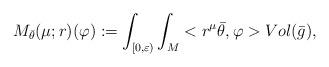
LaTeX: \begin{align*} M_{\bar{\theta}}(\mu;r)(\varphi):=\int_{[0,\varepsilon)}\int_M <r^\mu\bar{\theta},\varphi>Vol(\bar{g}), \end{align*}